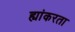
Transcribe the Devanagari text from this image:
ह्यांकरता